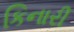
કિનારી